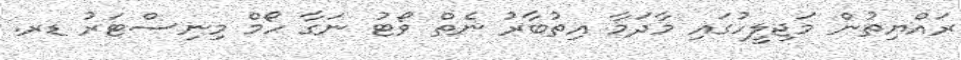
ރައްޔިތުން މަޖިލީހުގައި މާދަމާ އިތުބާރު ނެތް ވޯޓު ނަގާ ހޯމް މިނިސްޓަރު ޑރ.